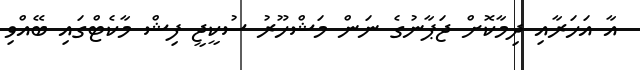
އާ އަހަރާއި ދިމާކޮށް ޖަޕާނުގެ ނަން މަޝްހޫރު ސުކީޖީ ފިޝް މާކެޓްގައި ބޭއްވި